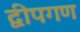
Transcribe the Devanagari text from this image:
द्वीपगण